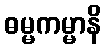
ဓမ္မကမ္မာနိ